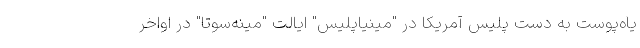
یاه‌پوست به دست پلیس آمریکا در "مینیاپلیس" ایالت "مینه‌سوتا" در اواخر